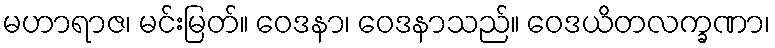
မဟာရာဇ၊ မင်းမြတ်။ ဝေဒနာ၊ ဝေဒနာသည်။ ဝေဒယိတလက္ခဏာ၊